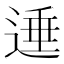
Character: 𨔠